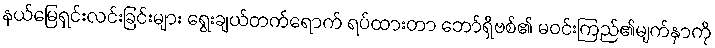
နယ်မြေရှင်းလင်းခြင်းများ ရွေးချယ်တက်ရောက် ရပ်ထားတာ ဘော်ရှီဗစ်၏ မဝင်းကြည်၏မျက်နှာကို